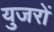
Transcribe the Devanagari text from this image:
युजरों